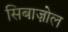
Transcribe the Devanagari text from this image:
सिबाज़ोल